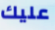
عليك